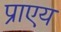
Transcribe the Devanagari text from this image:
प्राएय